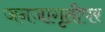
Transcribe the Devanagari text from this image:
जनजागृतीपर